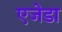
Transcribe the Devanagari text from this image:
एजेडा